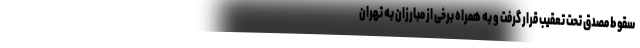
سقوط مصدق تحت تعقیب قرار گرفت و به همراه برخی از مبارزان به تهران